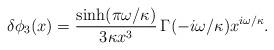
LaTeX: \begin{align*}\delta \phi_3(x) = \frac{\sinh(\pi \omega/\kappa)}{3 \kappa x^3} \,\Gamma(-i \omega/\kappa) x^{i \omega/\kappa}.\end{align*}